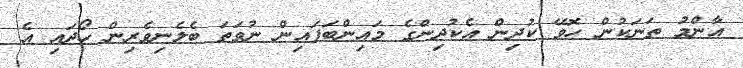
އާންމު ތަނަކުން ހޮވޭ ކުދިން އެކުދިންގެ މައިންބަފައިން ނުވަތަ ބެލެނިވެރިން ހޯދައި އެ